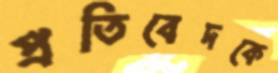
প্রতিবেদকে